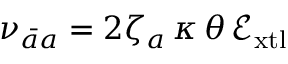
\nu _ { \bar { a } a } = 2 \zeta _ { a } \, \kappa \, \theta \, \mathcal { E } _ { \mathrm { x t l } }